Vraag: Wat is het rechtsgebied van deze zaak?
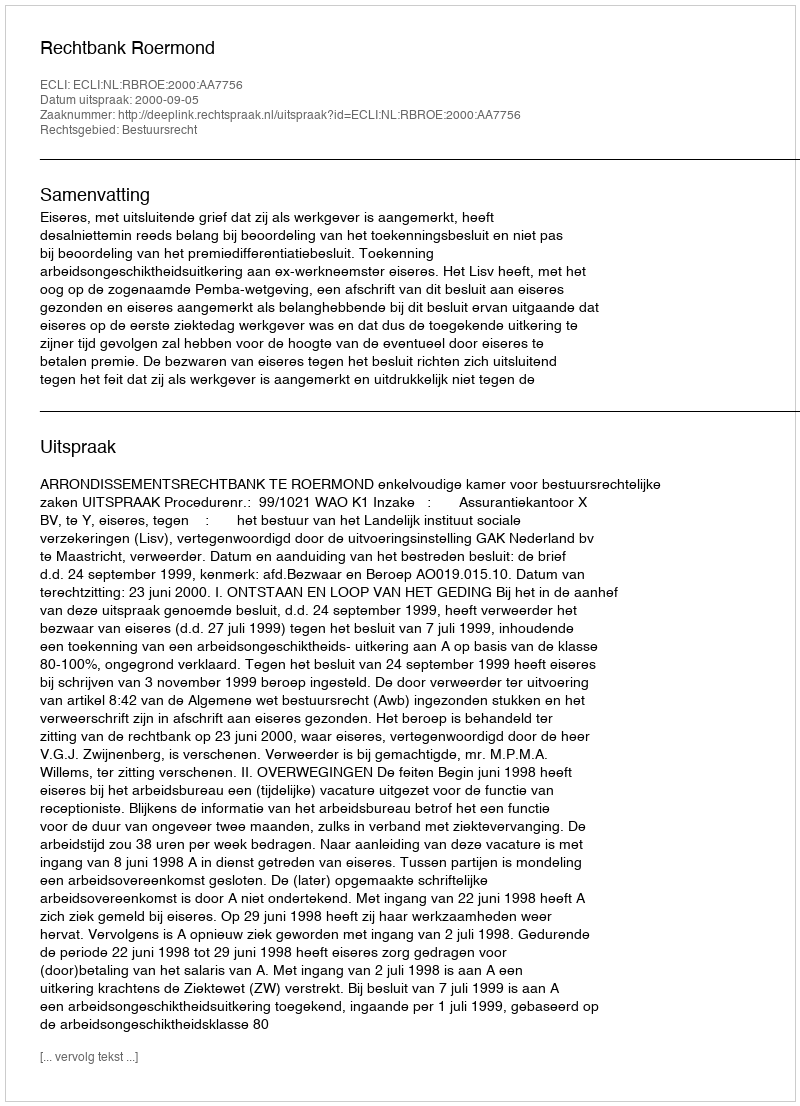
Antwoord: Bestuursrecht